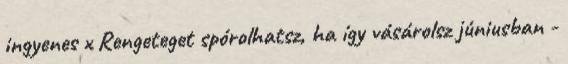
ingyenes x Rengeteget spórolhatsz, ha így vásárolsz júniusban -